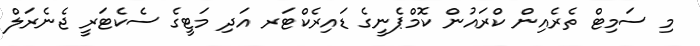
މި ސަމިޓް ތެރެއިން ކްރައުން ކޮމްޕެނީގެ ޑައިރެކްޓަރ އަދި މަޓީގެ ސެކެޓަރީ ޖެނެރަލް